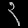
Digit: ၃